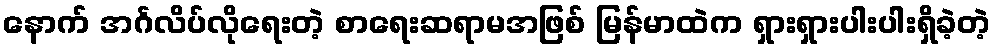
နောက် အင်္ဂလိပ်လိုရေးတဲ့ စာရေးဆရာမအဖြစ် မြန်မာထဲက ရှားရှားပါးပါးရှိခဲ့တဲ့